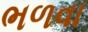
ભળવા